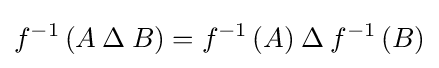
f^{-1}\left(A\mathbin {\Delta } B\right)=f^{-1}\left(A\right)\mathbin {\Delta } f^{-1}\left(B\right)